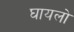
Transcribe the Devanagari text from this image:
घायलो